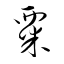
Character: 粟